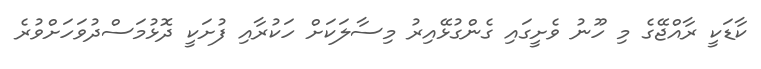
ކާޑަކީ ރާއްޖޭގެ މި ހޫނު ވެށީގައި ގެންގުޅޭއިރު މިސާލަކަށް ހަކުރާއި ފުށަކީ ދޮޅުމަސްދުވަހަށްވުރެ